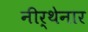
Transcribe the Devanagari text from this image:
नीर्थेनार